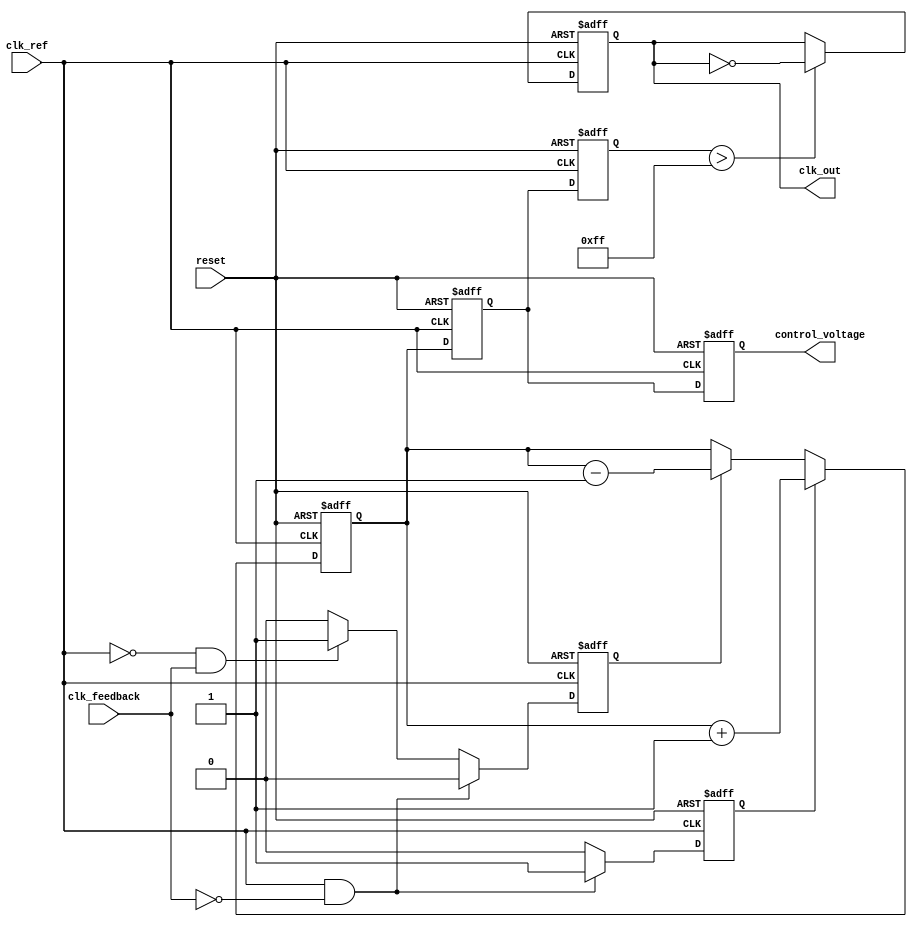
module fractional_PLL (
    input wire clk_ref,             // Reference clock input
    input wire clk_feedback,        // Feedback clock input
    input wire reset,               // Reset signal
    output reg clk_out,             // Output clock
    output reg [7:0] control_voltage // Control voltage for VCO
);

// Parameters
parameter N = 8;                   // Feedback divider integer part
parameter FRAC = 3;                // Feedback divider fractional part
parameter MAX_VOLTAGE = 255;       // Max control voltage for VCO

// Internal signals
reg up, down;                       // Control signals from PFD
reg [7:0] charge_pump_output;       // Charge pump output
reg [7:0] loop_filter_output;        // Loop filter output
reg [7:0] vco_frequency;            // VCO frequency control
reg [N-1:0] feedback_divider;      // Feedback divider register
reg [N-1:0] feedback_count;        // Feedback count for fractional division

// Phase Frequency Detector (PFD)
always @(posedge clk_ref or posedge reset) begin
    if (reset) begin
        up <= 0;
        down <= 0;
    end else if (clk_ref && !clk_feedback) begin
        up <= 1;   // Reference clock leads feedback
        down <= 0;
    end else if (!clk_ref && clk_feedback) begin
        up <= 0;
        down <= 1; // Feedback clock leads reference
    end else begin
        up <= 0;
        down <= 0; // No phase error
    end
end

// Charge Pump (CP)
always @(posedge clk_ref or posedge reset) begin
    if (reset) begin
        charge_pump_output <= 0;
    end else begin
        if (up) begin
            charge_pump_output <= charge_pump_output + 1; // Increase voltage
        end else if (down) begin
            charge_pump_output <= charge_pump_output - 1; // Decrease voltage
        end
    end
end

// Loop Filter (simple first-order filter)
always @(posedge clk_ref or posedge reset) begin
    if (reset) begin
        loop_filter_output <= 0;
    end else begin
        loop_filter_output <= charge_pump_output; // Directly use charge pump output
    end
end

// Voltage-Controlled Oscillator (VCO)
always @(posedge clk_ref or posedge reset) begin
    if (reset) begin
        vco_frequency <= 0;
        clk_out <= 0;
    end else begin
        vco_frequency <= loop_filter_output; // Control frequency based on loop filter
        // Generate output clock based on VCO frequency
        if (vco_frequency > MAX_VOLTAGE) begin
            clk_out <= ~clk_out; // Toggle output clock
        end
    end
end

// Feedback Divider (Integer + Fractional)
always @(posedge clk_out or posedge reset) begin
    if (reset) begin
        feedback_divider <= 0;
        feedback_count <= 0;
    end else begin
        feedback_count <= feedback_count + 1;
        if (feedback_count >= N + FRAC) begin
            feedback_divider <= feedback_divider + 1;
            feedback_count <= 0; // Reset count
        end
    end
end

// Control voltage output for external use
always @(posedge clk_ref or posedge reset) begin
    if (reset) begin
        control_voltage <= 0;
    end else begin
        control_voltage <= loop_filter_output; // Pass loop filter output as control voltage
    end
end

endmodule